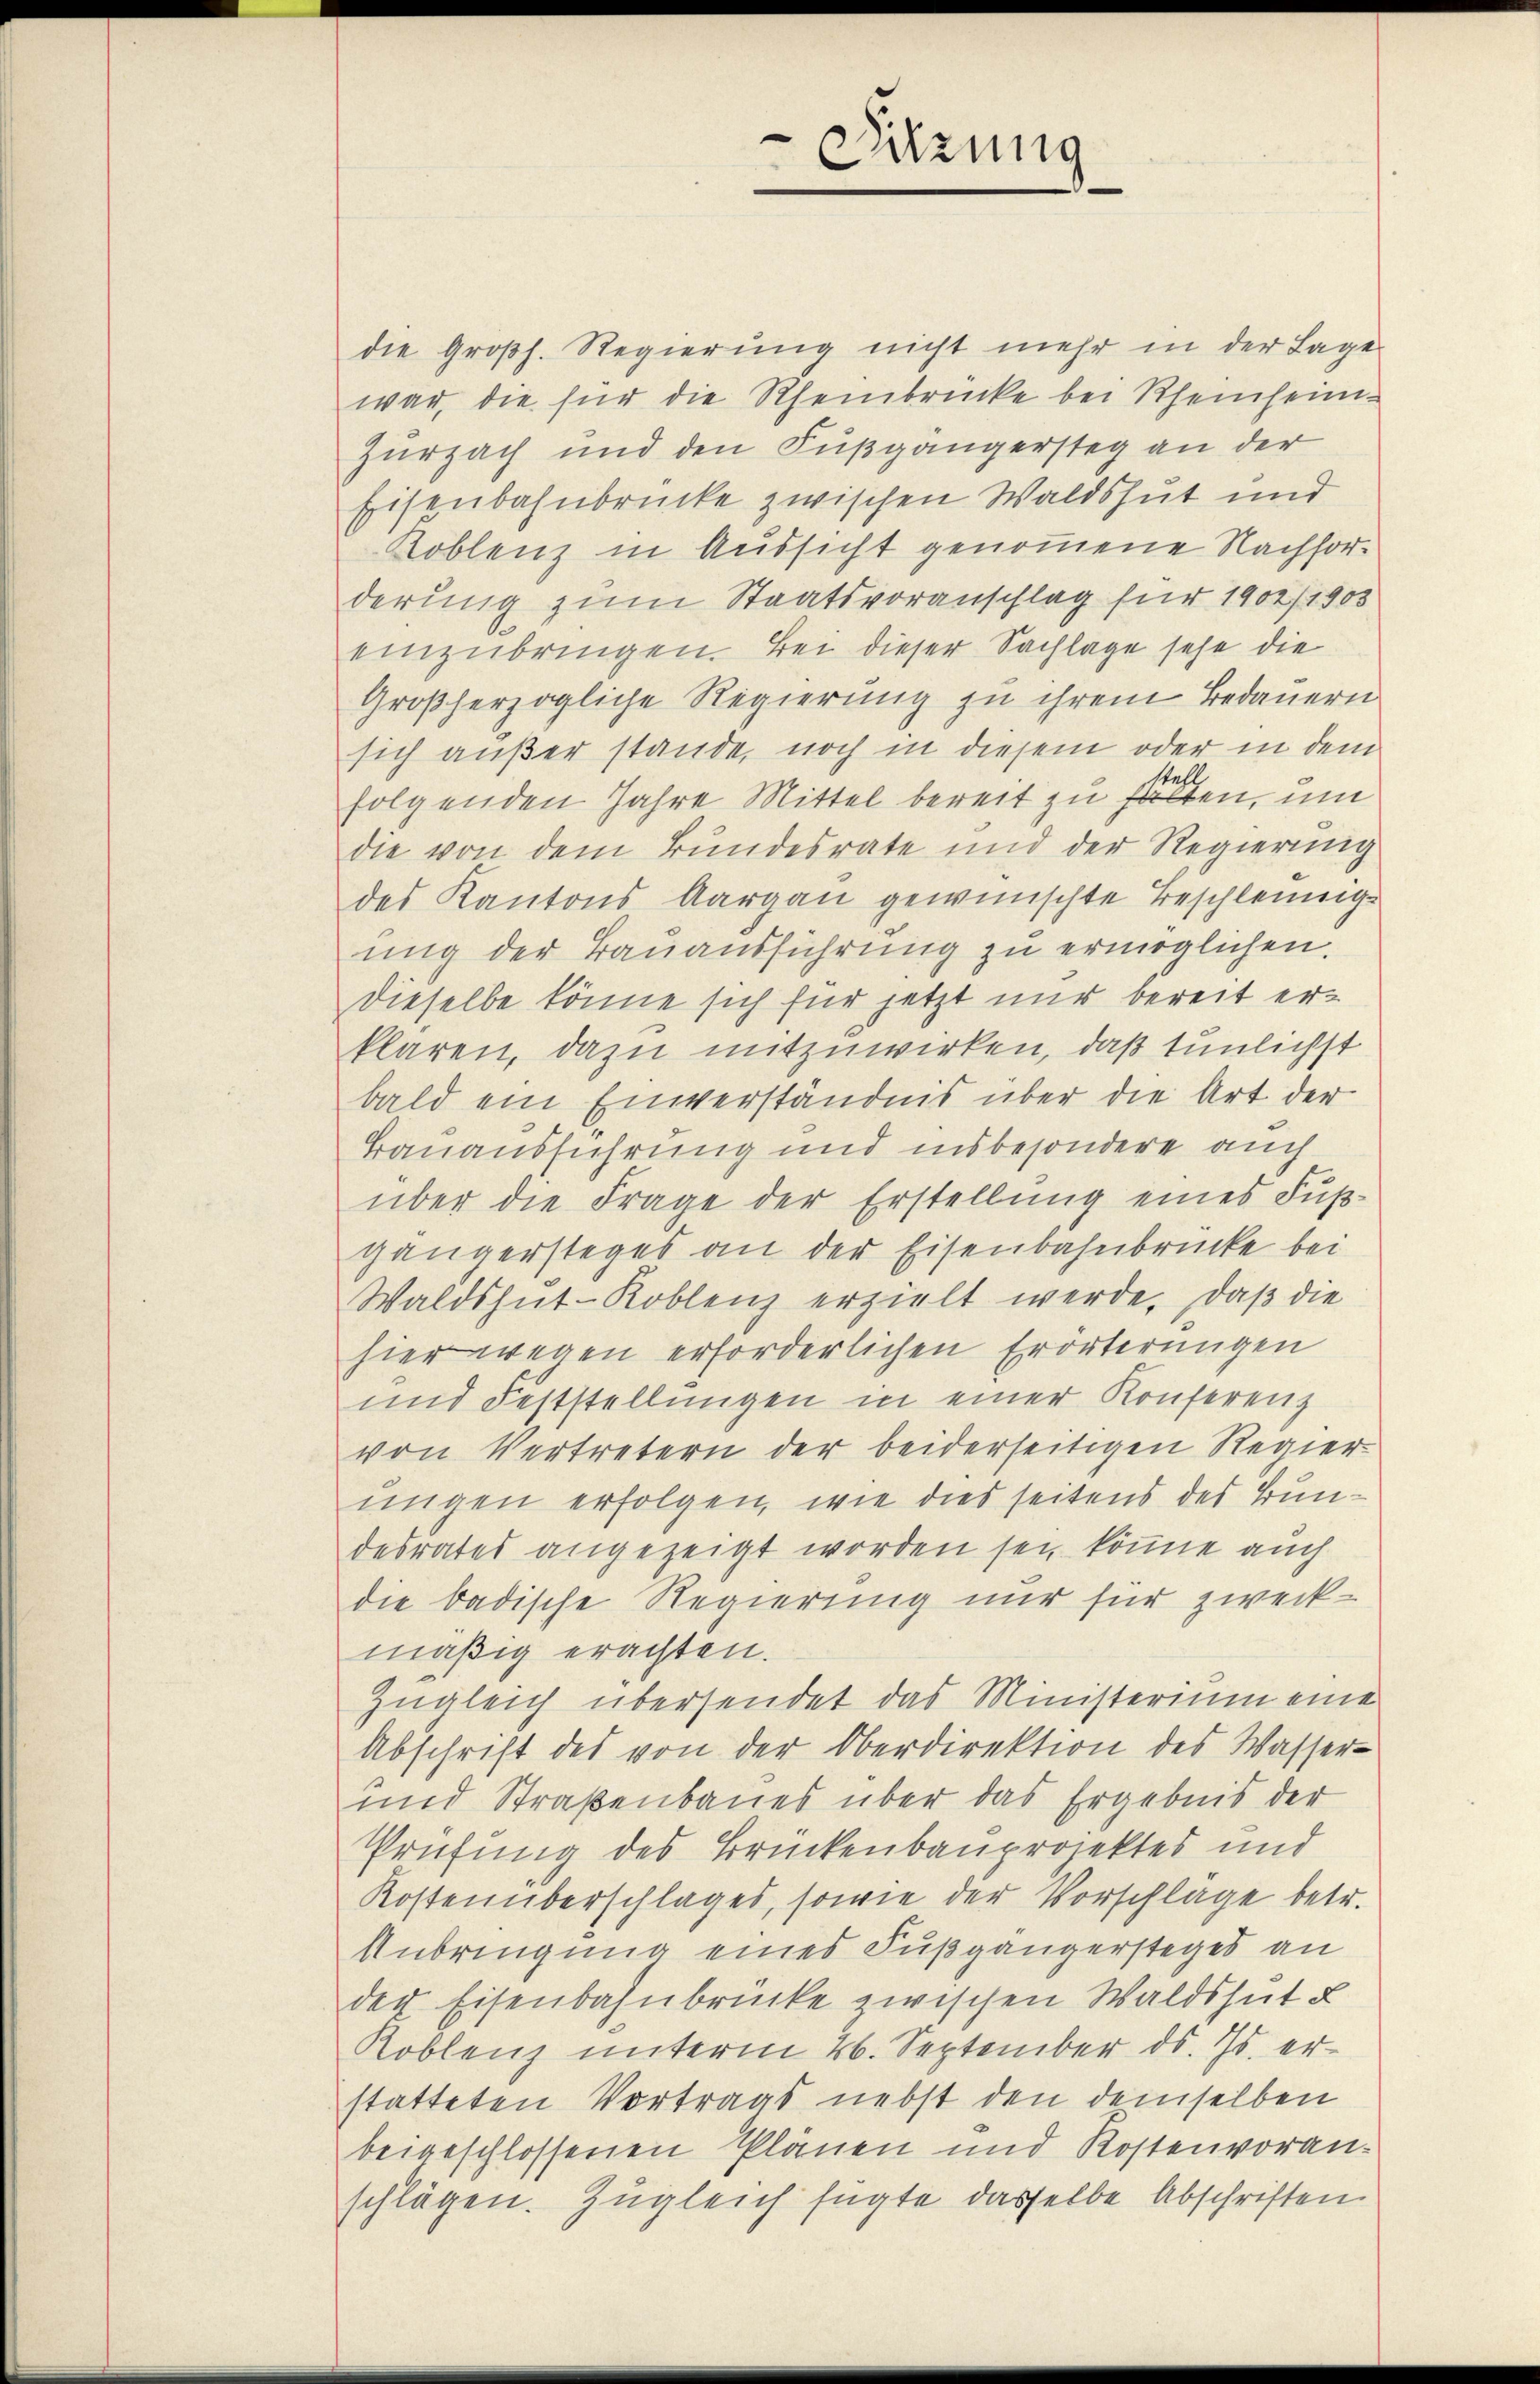
die Großh. Regierung nicht mehr in der Lage
war, die für die Rheinbrücke bei Rheinheim¬
Zurzach und den Fußgängersteg an der
Eisenbahnbrücke zwischen Waldshut und
Koblenz in Aussicht genommene Nachforderung zum Staatsvoranschlag für 1902/1903
einzubringen. Bei dieser Sachlage sehe die
Großherzogliche Regierung zu ihrem Bedauern
sich außer stande, noch in diesem oder in dem
folgenden Jahre Mittel bereit zu fällten, um
die von dem Bundesrate und der Regierung
des Kantons Aargau gewünschte Beschleunigung der Bauausführung zu ermöglichen.
dieselbe könne sich für jetzt nur bereit erklaren, dazu mitzuwirken, daß tunlichst
bald ein Einverständnis über die Art der
Bauausführung und insbesondere auch
über die Frage der Erstellung eines Fußgängersteges an der Eisenbahnbrücke bei
Waldshut-Koblenz erzielt werde. Daß die
hier wegen erforderlichen Erörterungen
und Feststellŭngen in einer Konferenz
von Vertretern der beiderseitigen Regier
ungen erfolgen, wie dies seitens des Bundesrates angezeigt worden sei, könne auch
die badische Regierung nur für zweckmäßig erachten.
Zugleich übersendet das Ministerium eine
Abschrift des von der Oberdirektion des Wasser-
und Straßenbaues über das Ergebnis der
Prüfung des Brückenbauprojektes und
Kostenüberschlages, sowie der Vorschlage betr.
Anbringung eines Fußgängersteges an
der Eisenbahnbrücke zwischen Waldshut u
Koblenz unterm 26. September ds. Js. erstatteten Vortrags nebst den demselben
beigeschlossenen Plänen und Kostenvoranschlägen. Zugleich fügte dasselbe Abschriften.

Sitzung